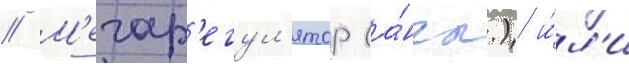
// М'егар'егул'ятор (а́нгл.) и́л'и